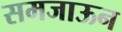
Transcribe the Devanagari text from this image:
समजाऊन